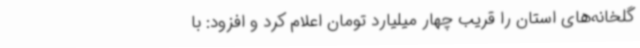
گلخانه‌های استان را قریب چهار میلیارد تومان اعلام کرد و افزود: با